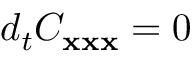
d _ { t } C _ { \bf x x x } = 0